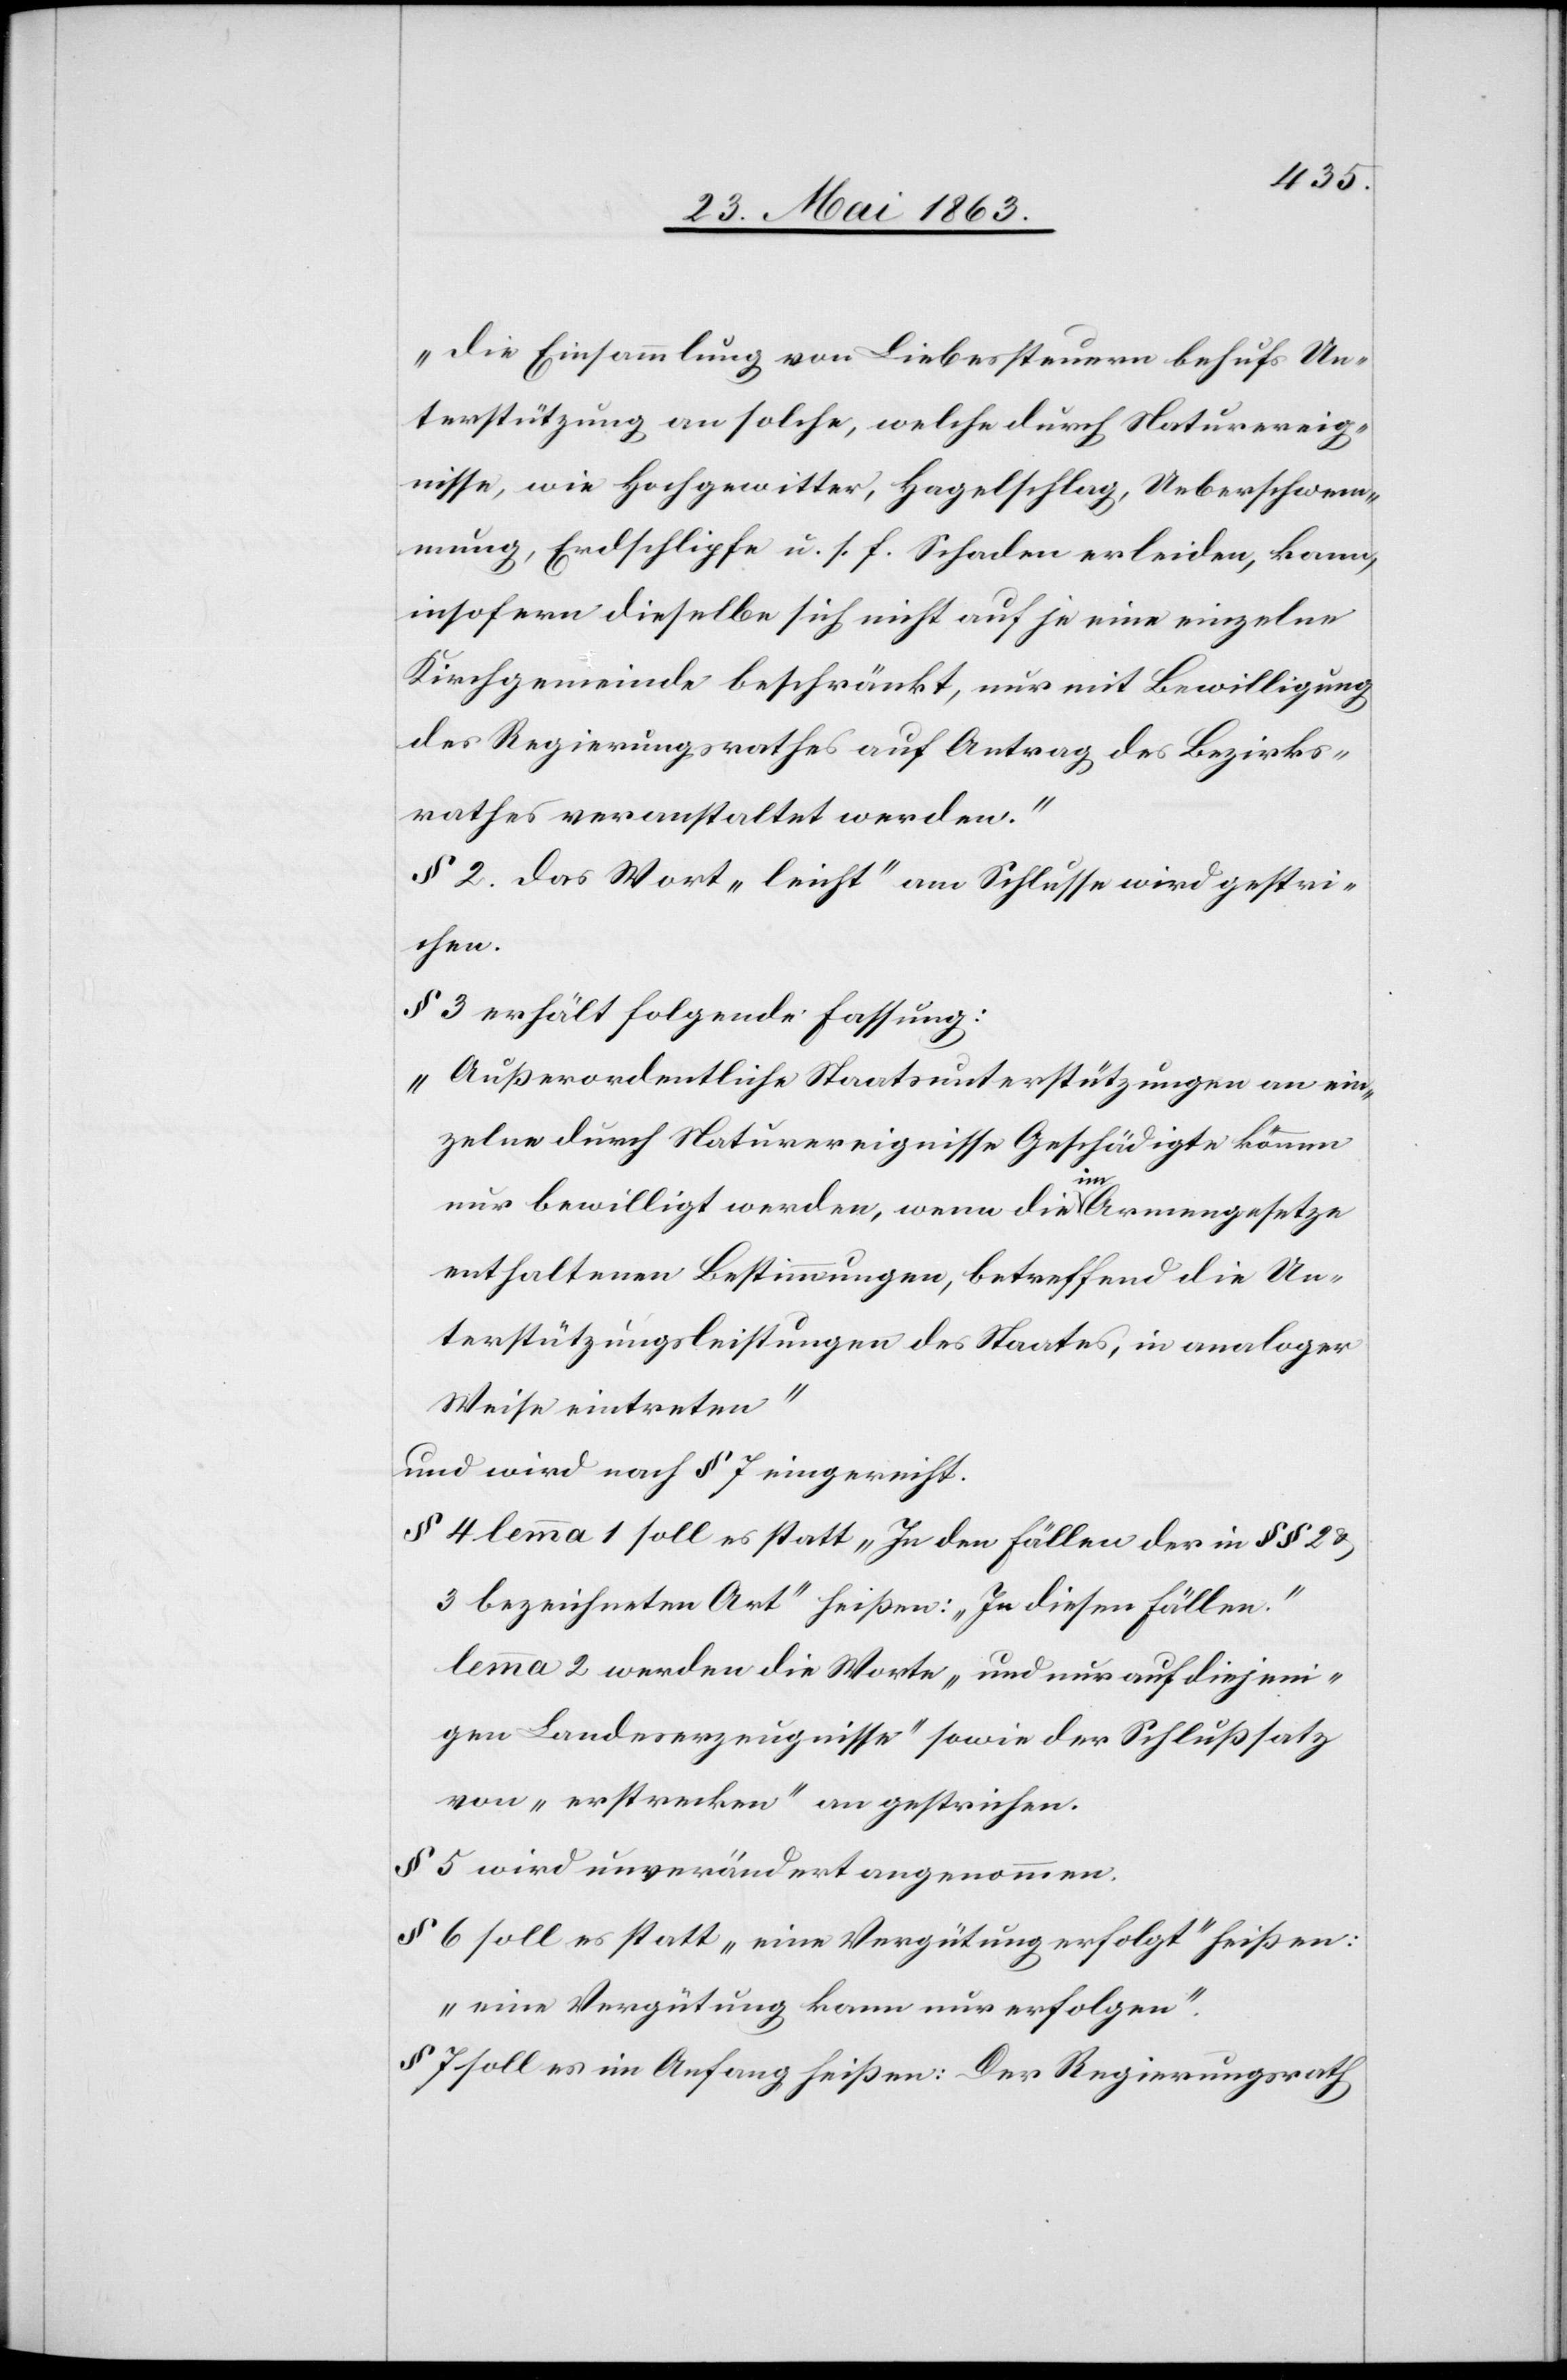
„Die Einsammlung von Liebessteuern behufs Un¬
terstützung an solche, welche durch Naturereig¬
nisse, wie Hochgewitter, Hagelschlag, Ueberschwem¬
mung, Erdschlipfe u. s. f. Schaden erleiden, kann,
insofern dieselbe sich nicht auf je eine einzelne
Kirchgemeinde beschränkt, nur mit Bewilligung
des Regierungsrathes auf Antrag des Bezirks¬
rathes veranstaltet werden.“
§ 2. Das Wort „leicht“ am Schlusse wird gestri¬
chen.
§ 3 erhält folgende Fassung:
„Außerordentliche Staatsunterstützungen an ein¬
zelne durch Naturereignisse Geschädigte können
nur bewilligt werden, wenn die im Armengesetze
enthaltenen Bestimmungen, betreffend die Un¬
terstützungsleistungen des Staates, in analoger
Weise eintreten“
und wird nach § 7 eingereicht.
§ 4 lemma 1 soll es statt „In den Fällen der in §§ 2 &
3 bezeichneten Art“ heißen: „In diesen Fällen.“
lemma 2 werden die Worte „und nur auf diejeni¬
gen Landeserzeugnisse“ sowie der Schlußsatz
von „erstrecken“ an gestrichen.
§ 5 wird unverändert angenommen.
§ 6 soll es statt „eine Vergütung erfolgt“ heißen:
„eine Vergütung kann nur erfolgen“.
§ 7 soll es im Anfang heißen: Der Regierungsrath